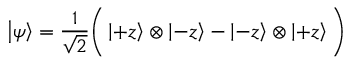
\left| \psi \right\rangle = { \frac { 1 } { \sqrt { 2 } } } { \bigg ( } \left| + z \right\rangle \otimes \left| - z \right\rangle - \left| - z \right\rangle \otimes \left| + z \right\rangle { \bigg ) }